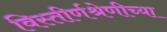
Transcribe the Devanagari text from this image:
विस्तीर्णश्रेणीच्या